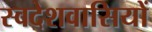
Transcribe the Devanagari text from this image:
स्वदेशवासियों